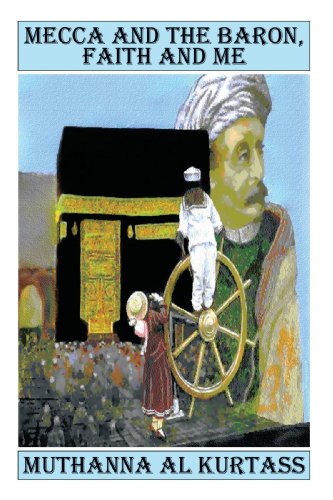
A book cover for Mecca and the Baron, Faith and Me; Muthanna Al Kurtass; Religion & Spirituality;